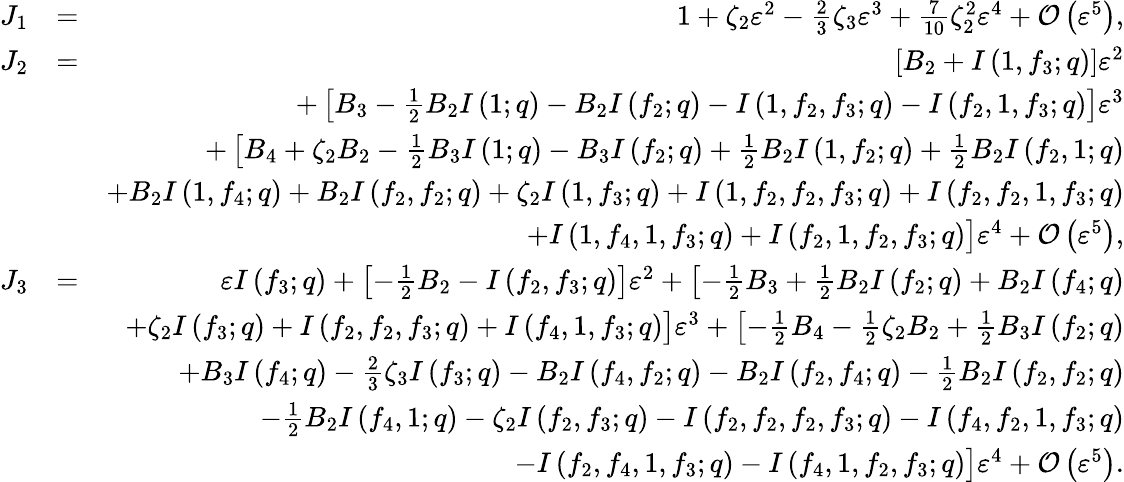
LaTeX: \begin{array}{rlr}{J_{1}}&{=}&{1+\zeta_{2}\varepsilon^{2}-\frac{2}{3}\zeta_{3}\varepsilon^{3}+\frac{7}{10}\zeta_{2}^{2}\varepsilon^{4}+{\mathcal O}\left(\varepsilon^{5}\right),}\\ {J_{2}}&{=}&{\left[B_{2}+I\left(1,f_{3};q\right)\right]\varepsilon^{2}}\\ &{}&{+\left[B_{3}-\frac{1}{2}B_{2}I\left(1;q\right)-B_{2}I\left(f_{2};q\right)-I\left(1,f_{2},f_{3};q\right)-I\left(f_{2},1,f_{3};q\right)\right]\varepsilon^{3}}\\ &{}&{+\left[B_{4}+\zeta_{2}B_{2}-\frac{1}{2}B_{3}I\left(1;q\right)-B_{3}I\left(f_{2};q\right)+\frac{1}{2}B_{2}I\left(1,f_{2};q\right)+\frac{1}{2}B_{2}I\left(f_{2},1;q\right)\right.}\\ &{}&{\left.+B_{2}I\left(1,f_{4};q\right)+B_{2}I\left(f_{2},f_{2};q\right)+\zeta_{2}I\left(1,f_{3};q\right)+I\left(1,f_{2},f_{2},f_{3};q\right)+I\left(f_{2},f_{2},1,f_{3};q\right)\right.}\\ &{}&{\left.+I\left(1,f_{4},1,f_{3};q\right)+I\left(f_{2},1,f_{2},f_{3};q\right)\vphantom{\frac{1}{2}}\right]\varepsilon^{4}+{\mathcal O}\left(\varepsilon^{5}\right),}\\ {J_{3}}&{=}&{\varepsilon I\left(f_{3};q\right)+\left[-\frac{1}{2}B_{2}-I\left(f_{2},f_{3};q\right)\right]\varepsilon^{2}+\left[-\frac{1}{2}B_{3}+\frac{1}{2}B_{2}I\left(f_{2};q\right)+B_{2}I\left(f_{4};q\right)\right.}\\ &{}&{\left.+\zeta_{2}I\left(f_{3};q\right)+I\left(f_{2},f_{2},f_{3};q\right)+I\left(f_{4},1,f_{3};q\right)\vphantom{\frac{1}{2}}\right]\varepsilon^{3}+\left[-\frac{1}{2}B_{4}-\frac{1}{2}\zeta_{2}B_{2}+\frac{1}{2}B_{3}I\left(f_{2};q\right)\right.}\\ &{}&{\left.+B_{3}I\left(f_{4};q\right)-\frac{2}{3}\zeta_{3}I\left(f_{3};q\right)-B_{2}I\left(f_{4},f_{2};q\right)-B_{2}I\left(f_{2},f_{4};q\right)-\frac{1}{2}B_{2}I\left(f_{2},f_{2};q\right)\right.}\\ &{}&{\left.-\frac{1}{2}B_{2}I\left(f_{4},1;q\right)-\zeta_{2}I\left(f_{2},f_{3};q\right)-I\left(f_{2},f_{2},f_{2},f_{3};q\right)-I\left(f_{4},f_{2},1,f_{3};q\right)\right.}\\ &{}&{\left.-I\left(f_{2},f_{4},1,f_{3};q\right)-I\left(f_{4},1,f_{2},f_{3};q\right)\vphantom{\frac{1}{2}}\right]\varepsilon^{4}+{\mathcal O}\left(\varepsilon^{5}\right).}\end{array}